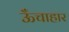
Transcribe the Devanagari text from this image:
ऊँचाहार